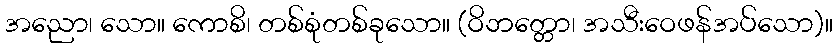
အညော၊ သော။ ကောစိ၊ တစ်စုံတစ်ခုသော။ (ဝိဘတ္တော၊ အသီးဝေဖန်အပ်သော)။